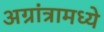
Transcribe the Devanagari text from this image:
अग्रांत्रामध्ये